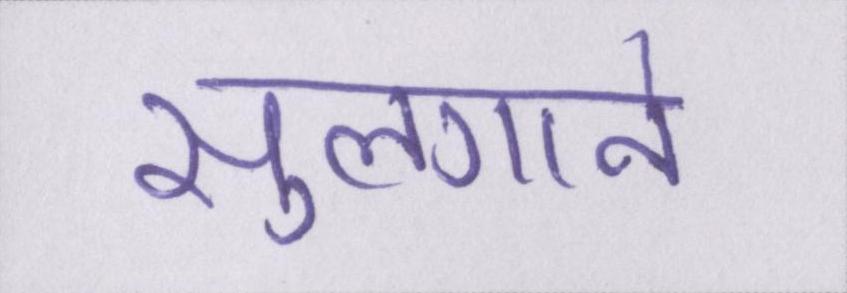
सुलगाने